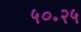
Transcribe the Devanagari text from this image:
५०॰२५